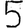
Digit: 5